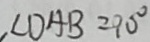
\angle D A B = 9 0 ^ { \circ }